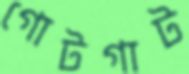
গোটগাট